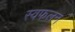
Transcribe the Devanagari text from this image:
स्वफलन